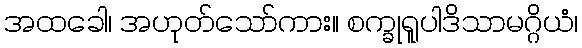
အထခေါ၊ အဟုတ်သော်ကား။ စက္ခုရူပါဒိသာမဂ္ဂိယံ၊